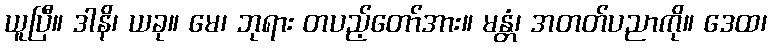
ယူပြီ။ ဒါနိ၊ ယခု။ မေ၊ ဘုရား တပည့်တော်အား။ မန္တံ၊ အတတ်ပညာကို။ ဒေထ၊